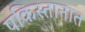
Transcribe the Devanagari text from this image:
पकिस्तानात